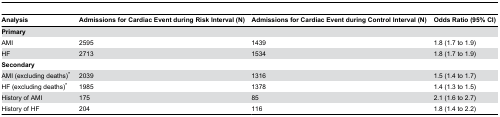
| Analysis | Admissions for Cardiac Event during Risk Interval (N) | Admissions for Cardiac Event during Control Interval (N) | Odds Ratio (95% CI) |
 | --- | --- | --- | --- |
 | <COLSPAN=4> Primary |
 | AMI | 2595 | 1439 | 1.8 (1.7 to 1.9) |
 | HF | 2713 | 1534 | 1.8 (1.7 to 1.9) |
 | <COLSPAN=4> Secondary |
 | AMI (excluding deaths)* | 2039 | 1316 | 1.5 (1.4 to 1.7) |
 | HF (excluding deaths)* | 1985 | 1378 | 1.4 (1.3 to 1.5) |
 | History of AMI | 175 | 85 | 2.1 (1.6 to 2.7) |
 | History of HF | 204 | 116 | 1.8 (1.4 to 2.2) |